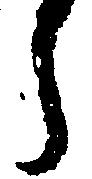
ら